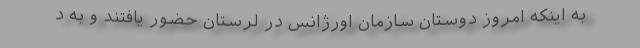
به اینکه امروز دوستان سازمان اورژانس در لرستان حضور یافتند و به د